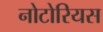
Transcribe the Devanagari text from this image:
नोटोरियस